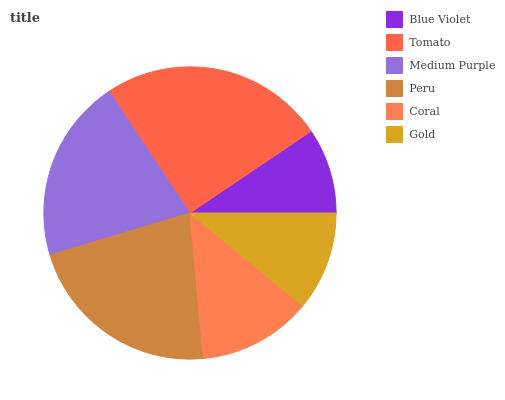
| Blue Violet | Tomato | Medium Purple | Peru | Coral | Gold |
 | --- | --- | --- | --- | --- | --- |
 | 9.45% | 24.8% | 20.4% | 21.8% | 12.6% | 11% |